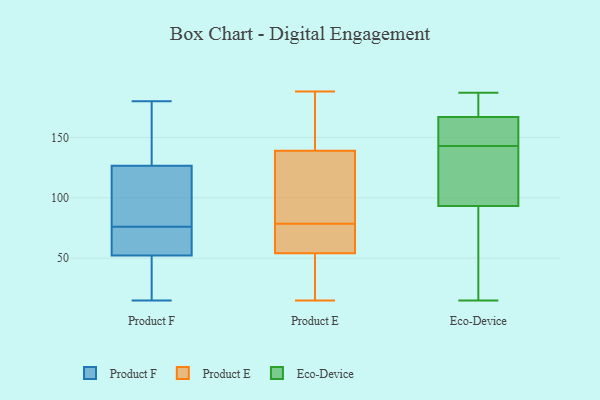
{"axis": {"x": "Production Output", "y": "Value"}, "legend": ["Eco-Device", "Product E", "Product F"], "data": [{"x": "", "y": 115, "type": "Product F"}, {"x": "", "y": 15, "type": "Product F"}, {"x": "", "y": 109, "type": "Product F"}, {"x": "", "y": 180, "type": "Product F"}, {"x": "", "y": 60, "type": "Product F"}, {"x": "", "y": 23, "type": "Product F"}, {"x": "", "y": 143, "type": "Product F"}, {"x": "", "y": 76, "type": "Product F"}, {"x": "", "y": 29, "type": "Product F"}, {"x": "", "y": 180, "type": "Product F"}, {"x": "", "y": 60, "type": "Product F"}, {"x": "", "y": 72, "type": "Product F"}, {"x": "", "y": 121, "type": "Product F"}, {"x": "", "y": 28, "type": "Product E"}, {"x": "", "y": 82, "type": "Product E"}, {"x": "", "y": 64, "type": "Product E"}, {"x": "", "y": 54, "type": "Product E"}, {"x": "", "y": 188, "type": "Product E"}, {"x": "", "y": 139, "type": "Product E"}, {"x": "", "y": 75, "type": "Product E"}, {"x": "", "y": 173, "type": "Product E"}, {"x": "", "y": 112, "type": "Product E"}, {"x": "", "y": 15, "type": "Product E"}, {"x": "", "y": 79, "type": "Eco-Device"}, {"x": "", "y": 15, "type": "Eco-Device"}, {"x": "", "y": 182, "type": "Eco-Device"}, {"x": "", "y": 60, "type": "Eco-Device"}, {"x": "", "y": 182, "type": "Eco-Device"}, {"x": "", "y": 144, "type": "Eco-Device"}, {"x": "", "y": 169, "type": "Eco-Device"}, {"x": "", "y": 145, "type": "Eco-Device"}, {"x": "", "y": 43, "type": "Eco-Device"}, {"x": "", "y": 143, "type": "Eco-Device"}, {"x": "", "y": 171, "type": "Eco-Device"}, {"x": "", "y": 161, "type": "Eco-Device"}, {"x": "", "y": 134, "type": "Eco-Device"}, {"x": "", "y": 125, "type": "Eco-Device"}, {"x": "", "y": 117, "type": "Eco-Device"}, {"x": "", "y": 106, "type": "Eco-Device"}, {"x": "", "y": 89, "type": "Eco-Device"}, {"x": "", "y": 160, "type": "Eco-Device"}, {"x": "", "y": 187, "type": "Eco-Device"}]}